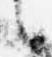
言